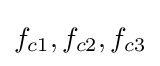
f_{c1},f_{c2},f_{c3}